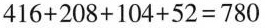
$$4 1 6 + 2 0 8 + 1 0 4 + 5 2 = 7 8 0$$